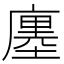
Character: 廛